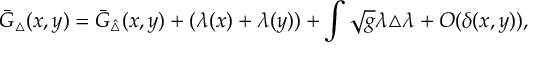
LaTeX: \bar { G } _ { \triangle } ( x , y ) = \bar { G } _ { \hat { \triangle } } ( x , y ) + ( \lambda ( x ) + \lambda ( y ) ) + \int \sqrt { g } \lambda { \triangle } \lambda + O ( \delta ( x , y ) ) ,